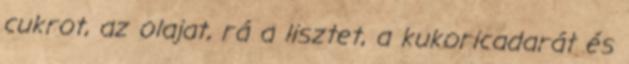
cukrot, az olajat, rá a lisztet, a kukoricadarát és